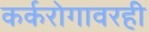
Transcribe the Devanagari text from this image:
कर्करोगावरही